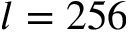
l = 2 5 6